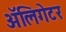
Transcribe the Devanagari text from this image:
अॅलिगेटर